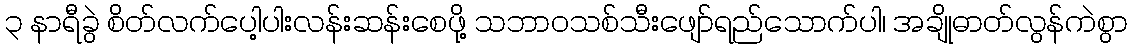
၃ နာရီခွဲ စိတ်လက်ပေါ့ပါးလန်းဆန်းစေဖို့ သဘာဝသစ်သီးဖျော်ရည်သောက်ပါ၊ အချိုဓာတ်လွန်ကဲစွာ